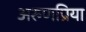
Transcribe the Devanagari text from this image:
अरुणप्रिया